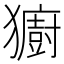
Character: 𪻋